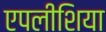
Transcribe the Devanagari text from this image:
एपलीशिया